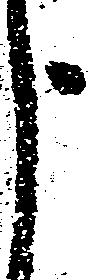
よ